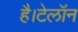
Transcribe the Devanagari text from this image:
है।टेलॉन